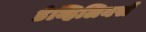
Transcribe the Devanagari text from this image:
डेव्हिलियर्स